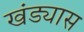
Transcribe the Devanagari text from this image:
खंड्यास